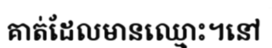
គាត់ដែលមានឈ្មោះ។នៅ